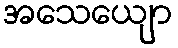
အသေယျော